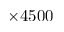
\times 4 5 0 0